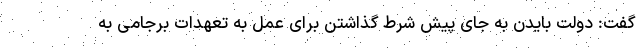
گفت: دولت بایدن به جای پیش شرط گذاشتن برای عمل به تعهدات برجامی به